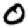
Digit: 0